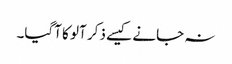
نہ جانے کیسے ذکر آلو کا آگیا۔